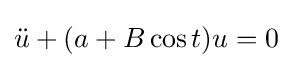
{\ddot {u}}+(a+B\cos t)u=0